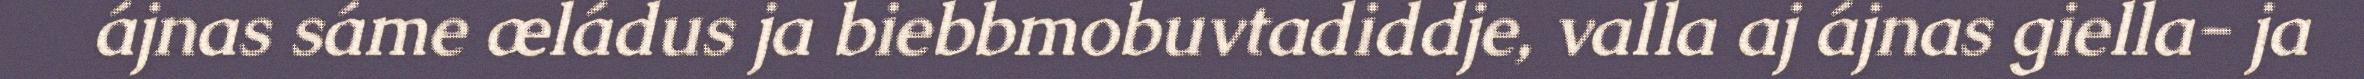
ájnas sáme æládus ja biebbmobuvtadiddje, valla aj ájnas giella- ja